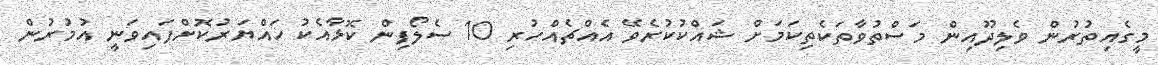
މީގެއިތުރުން ވެލިދޫއިން މަސްތުވާތަކެތިކަމަށް ޝައްކުކުރެވޭ އެއްޗެއްހުރި 10 ސެލޯފިން ކޮޅާއެކު ހައްޔަރުކޮށްފައިވަނީ އުމުރުން